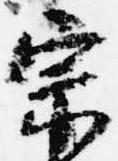
宗